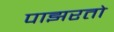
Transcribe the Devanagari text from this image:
पाझरतो